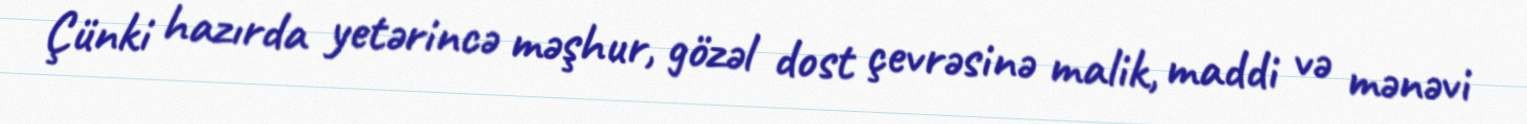
Çünki hazırda yetərincə məşhur, gözəl dost çevrəsinə malik, maddi və mənəvi